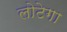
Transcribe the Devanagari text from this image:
लोटेगा